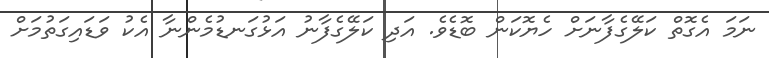
ނަމަ އެގޮތް ކަލޭގެފާނަށް ހެޔޮކަން ބޮޑެވެ. އަދި ކަލޭގެފާނު އަޅުގަނޑުމެންނާ އެކު ވަޑައިގަތުމަށް